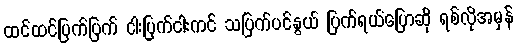
ထင်ထင်ပြက်ပြက် ငါးပြက်ငါးကင် သပြက်ပင်နွယ် ပြက်ရယ်ပြောဆို ရစ်လိုအမှန်